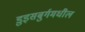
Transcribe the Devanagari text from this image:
डुइसबुर्गमधील